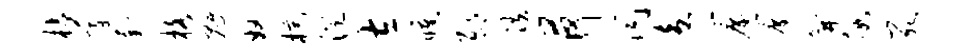
枯蒙萄格魁奴棕澄左曛邸跌荷同盍帘帘笄假死